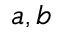
a , b